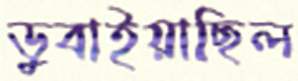
ডুবাইয়াছিল